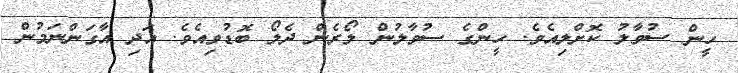
ހީން ސުވާލު ކޮށްލިއެވެ. ހީންގެ ސުވާލުން ލޯރެން ދެލޯ ބޮޑުވިއެވެ. އަދި އާގަންނަމުން